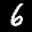
Label: 6